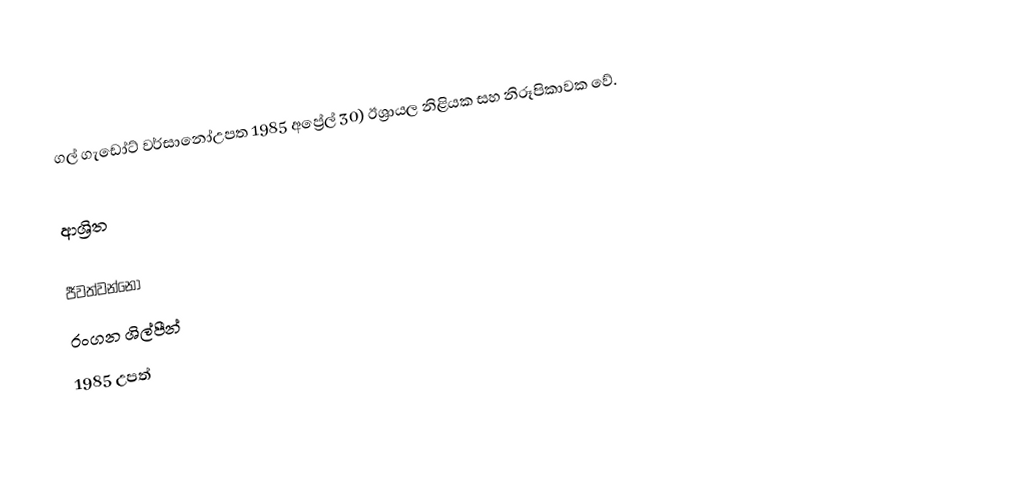
ගල් ගැඩෝට් වර්සානෝඋපත 1985 අප්‍රේල් 30) ඊශ්‍රායල නිළියක සහ නිරූපිකාවක වේ.

ආශ්‍රිත

ජීවත්වන්නෝ
රංගන ශිල්පීන්
1985 උපත්